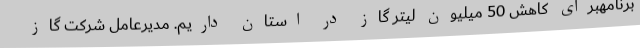
برنامهبرای کاهش 50 میلیون لیتر گاز در استان داریم. مدیرعامل شرکت گاز